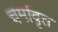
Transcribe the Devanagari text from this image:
चर्मावृत